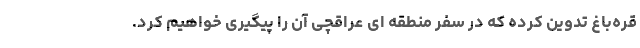
قره‌باغ تدوین کرده که در سفر منطقه ای عراقچی آن را پیگیری خواهیم کرد.